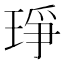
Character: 琤